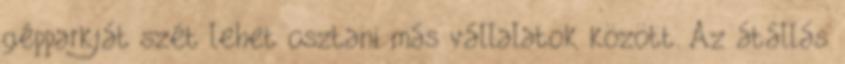
gépparkját szét lehet osztani más vállalatok között. Az átállás